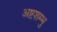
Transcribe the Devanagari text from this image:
अष्टशम्भु